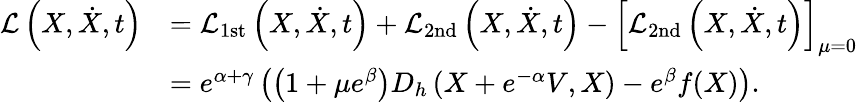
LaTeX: \begin{array}{rl}{\mathcal{L}\left(X,\dot{X},t\right)}&{=\mathcal{L}_{\mathrm{1st}}\left(X,\dot{X},t\right)+\mathcal{L}_{\mathrm{2nd}}\left(X,\dot{X},t\right)-\left[\mathcal{L}_{\mathrm{2nd}}\left(X,\dot{X},t\right)\right]_{\mu=0}}\\ &{=e^{\alpha+\gamma}\left(\left(1+\mu e^{\beta}\right)D_{h}\left(X+e^{-\alpha}V,X\right)-e^{\beta}f(X)\right).}\end{array}